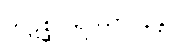
ကဋစ္ဆုပရိဿာဝနန္တိ